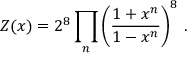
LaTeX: Z ( x ) = 2 ^ { 8 } \prod _ { n } \left( \frac { 1 + x ^ { n } } { 1 - x ^ { n } } \right) ^ { 8 } \, .